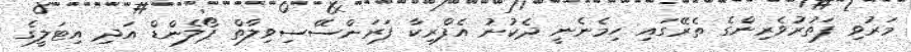
މަރުވި ފަތުރުވެރިންގެ ތެރޭގައި ހިމެނެނީ ދެކުނު އެފްރިކާ ފަރަންސޭސިވިލާތް ޕޯލެންޑް އަދި އިޓަލީގެ